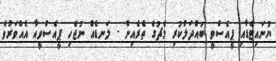
ޔުނައިޓެޑާއި ޕީއެސްވީ ބައްދަލުކުރި މެޗުގެ ތެރެއިން - ލަނޑެއް ނުޖެހި ޕީއެސްވީއާ އެއްވަރުވެ